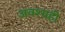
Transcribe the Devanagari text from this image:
अवश्यही